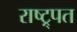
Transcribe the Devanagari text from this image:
राष्ट्र्पत